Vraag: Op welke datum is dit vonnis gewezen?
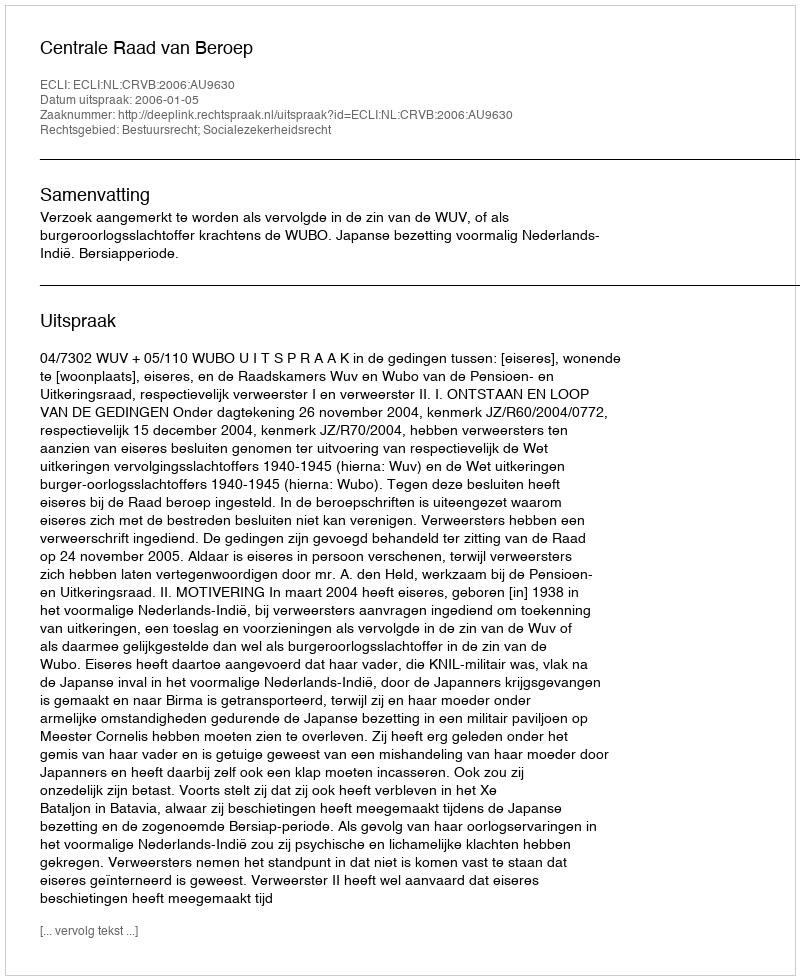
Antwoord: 2006-01-05